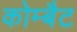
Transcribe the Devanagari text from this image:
कोम्बैट